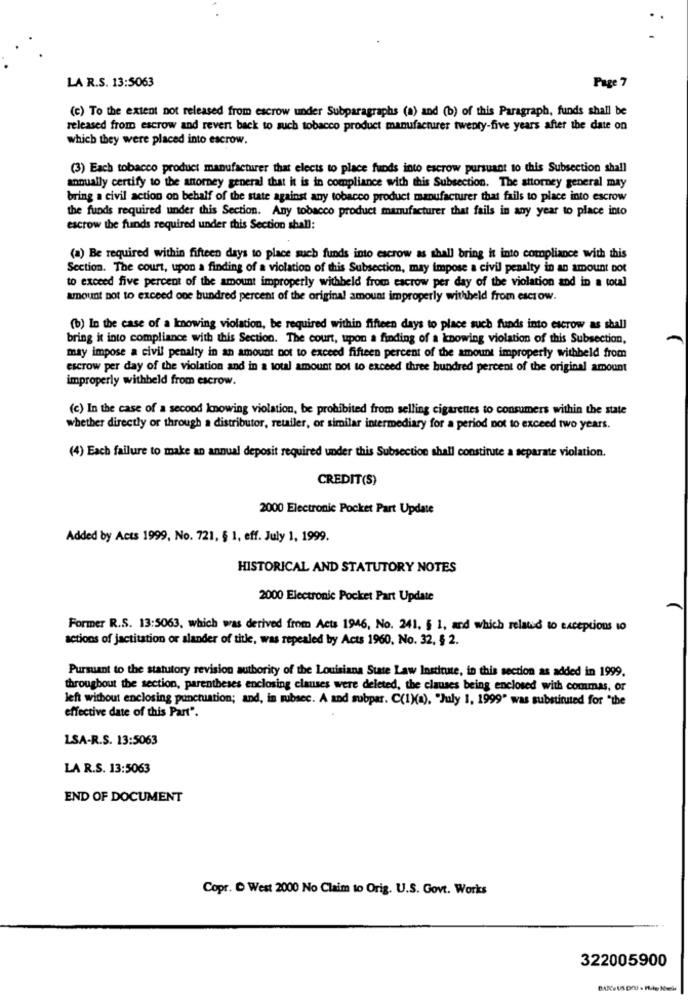
Page 7
LA R.S. 13:5063
(c) To the extent not released from escrow under Subparagraphs (a) and (b) of this Paragraph, funds shall be
released from escrow and revert back to such tobacco product manufacturer twenty-five years after the date on
which they were placed into escrow.
(3) Each tobacco product manufacturer that elects to place funds into escrow pursuant to this Subsection shall
annually certify to the attorney general that it is in compliance with this Subsection. The attorney general may
bring a civil action on behalf of the state against any tobacco product manufacturer that fails to place into escrow
the funds required under this Section. Any tobacco product manufacturer that fails in any year to place into
escrow the funds required under this Section shall:
(a) Be required within fifteen days to place such funds into escrow as shall bring it into compliance with this
Section. The court, upon a finding of a violation of this Subsection, may impose a civil penalty in an amount not
to exceed five percent of the amount improperly withheld from escrow per day of the violation and in a total
amount not to exceed one hundred percent of the original amount improperly withheld from escrow.
(b) In the case of a knowing violation, be required within fifteen days to place such funds into escrow as shall
bring it into compliance with this Section. The court, upon a finding of a knowing violation of this Subsection,
may impose a civil penalty in an amount not to exceed fifteen percent of the amount improperly withheld from
escrow per day of the violation and in a total amount not to exceed three hundred percent of the original amount
improperly withheld from escrow.
(c) In the case of a second knowing violation, be prohibited from selling cigarettes to consumers within the state
whether directly or through a distributor, retailer, or similar intermediary for a period not to exceed two years.
(4) Each failure to make an annual deposit required under this Subsection shall constitute a separate violation.
CREDIT(S)
2000 Electronic Pocket Part Update
Added by Acts 1999, No. 721, § 1, eff. July 1, 1999.
HISTORICAL AND STATUTORY NOTES
2000 Electronic Pocket Part Update
Former R.S. 13:5063, which was derived from Acts 1946, No. 241, 5 1, and which related to exceptions to
actions of jactitation or slander of title, was repealed by Acts 1960, No. 32, § 2.
Pursuant to the statutory revision authority of the Louisiana State Law Institute, in this section as added in 1999.
throughout the section, parentheses enclosing clauses were deleted, the clauses being enclosed with commas, or
left without enclosing punctuation; and, in subsec. A and subpar. C(1)(a), "July 1, 1999" was substituted for "the
effective date of this Part".
LSA-R.S. 13:5063
LA R.S. 13:5063
END OF DOCUMENT
Copr. C West 2000 No Claim to Orig. U.S. Govt. Works
322005900